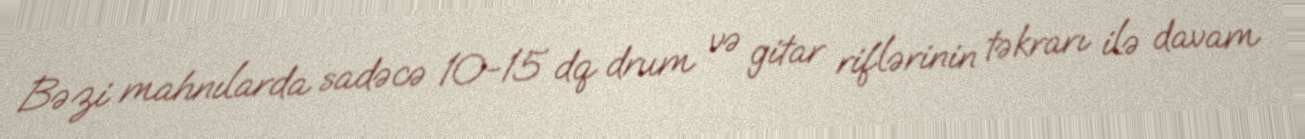
Bəzi mahnılarda sadəcə 10-15 dq drum və gitar riflərinin təkrarı ilə davam